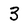
Character: 3